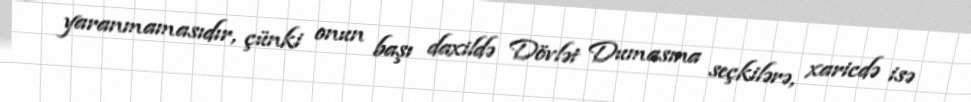
yaranmamasıdır, çünki onun başı daxildə Dövlət Dumasına seçkilərə, xaricdə isə